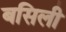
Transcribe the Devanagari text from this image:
बसिली